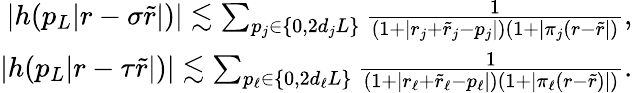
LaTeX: \begin{array}{r}{|h(p_{L}|r-\sigma\tilde{r}|)|\lesssim\sum_{\substack{p_{j}\in\{ 0,2d_{j}L\} }}\frac{1}{(1+|r_{j}+\tilde{r}_{j}-p_{j}|)(1+|\pi_{j}(r-\tilde{r}|)},}\\ {|h(p_{L}|r-\tau\tilde{r}|)|\lesssim\sum_{\substack{p_{\ell}\in\{ 0,2d_{\ell}L\} }}\frac{1}{(1+|r_{\ell}+\tilde{r}_{\ell}-p_{\ell}|)(1+|\pi_{\ell}(r-\tilde{r})|)}.}\end{array}